Lunatic asylums Burma 1907-21 - 1907-1921
Year: 1907
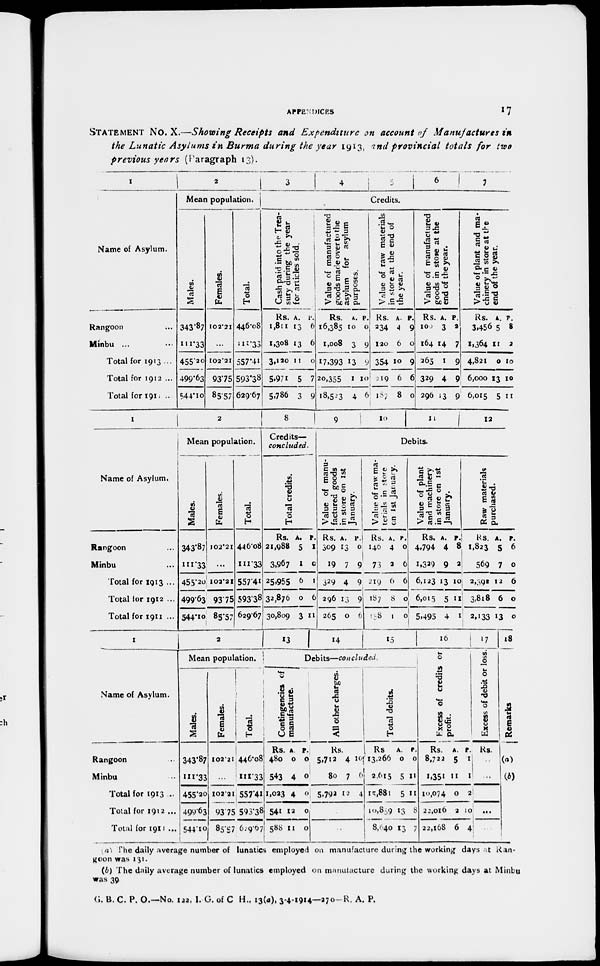
APPENDICES
17
STATEMENT No. X.—Showing Receipts and Expenditure on account of Manufactures in
the Lunatic Asylums in Burma during the year 1913, and provincial totals for two
previous years (Paragraph 13).
I
Name of Asylum.
Rangoon ...
Minbu ... ...
Total for 1913 ...
Total for 1912 ...
Total for 1911 ...
2
Mean population.
Males.
343.87
111.33
455.20
499.63
544.10
Females.
102.21
...
102.21
93.75
85.57
Total.
446.08
111.33
557.41
593.38
629.67
3
4
5
6
7
Credits.
Cash paid into the Trea-
sury during the year
for articles sold.
Rs.
1,811
1,308
3,120
5,971
5,786
A.
13
13
11
5
3
P.
6
6
0
7
9
Value of manufactured
goods made over to the
asylum for asylum
purposes.
Rs.
16,385
1,008
17,393
20,355
18,523
A.
10
3
13
1
4
P.
0
9
9
10
6
Value
of raw materials
in store at the end of
the year.
Rs.
234
120
354
219
187
A.
4
6
10
6
8
P.
9
0
9
6
0
Value of manufactured
goods in store
at the
end of the year.
Rs.
100
164
265
329
296
A.
3
14
1
4
13
P.
2
7
9
9
9
Value of plant and ma-
chinery in store at the
end of the year.
Rs.
3,456
1,364
4,821
6,000
6,015
A.
5
11
0
13
5
P.
8
2
10
10
11
1
Name of Asylum.
Rangoon ...
Minbu ...
Total for 1913 ...
Total for 1912 ...
Total for 1911 ...
2
Mean population.
Males.
343.87
111.33
455.20
499.63
544.10
Females.
102.21
...
102.21
93.75
85.57
Total.
446.08
111.33
557.41
593.38
629.67
8
Credits—
concluded.
Total credits.
Rs.
21,988
3,967
25,955
32,876
30,809
A.
5
1
6
0
3
P.
1
0
1
6
11
9
10
11
12
Debits.
Value of manu-
factured goods
in store on 1st
January.
Rs.
309
19
329
296
265
A.
13
7
4
13
0
P.
0
9
9
9
6
Value of raw ma-
terials in store
on
1st January.
Rs.
140
73
219
187
148
A.
4
2
6
8
1
P.
0
6
6
0
0
Value of plant
and machinery
in store on 1st
January.
Rs.
4,794
1,329
6,123
6,015
5,495
A.
4
9
13
5
4
P.
8
2
10
11
1
Raw materials
purchased.
Rs.
1,823
569
2,392
3,818
2,133
A.
5
7
12
6
13
P.
6
0
6
0
0
1
Name of Asylum.
Rangoon ...
Minbu ...
Total for 1913 ...
Total for 1912 ...
Total for 1911 ...
2
Mean population.
Males.
343.87
111.33
455.20
499.63
544.10
Females.
102.21
...
102.21
93.75
85.57
Total.
446.08
111.33
557.41
593.38
629.67
13 14
15
Debits—concluded.
Contingencies of
manufacture.
Rs.
480
543
1,023
541
588
A.
0
4
4
12
11
P.
0
0
0
0
0
All other charges.
Rs
5,712
80
5,792
4
7
12
10
6
4
...
...
Total debits.
Rs
13,266
2,615
15,881
10,859
8,640
A.
0
5
5
13
13
P.
0
11
11
8
7
16
Excess
of credits or
profit.
Rs.
8,722
1,351
10,074
22,016
22,168
A.
5
11
0
2
6
P.
1
1
2
10
4
17
Excess of debit or loss.
Rs.
...
...
...
18
Remarks
(a)
(b)
(a) The daily average number of lunatics employed on manufacture during the working days at Ran-
goon was 131.
(b) The daily average number of lunatics employed on manutacture during the working days at Minbu
was 39
G. B. C. P. O.—No. 122, I. G. of C H., 13(a), 3-4-1914—270—R. A. P.